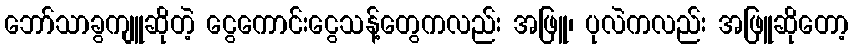
ဘော်သာခွကျူဆိုတဲ့ ငွေကောင်းငွေသန့်တွေကလည်း အဖြူ၊ ပုလဲကလည်း အဖြူဆိုတော့